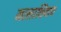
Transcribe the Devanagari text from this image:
मालाशिवाय